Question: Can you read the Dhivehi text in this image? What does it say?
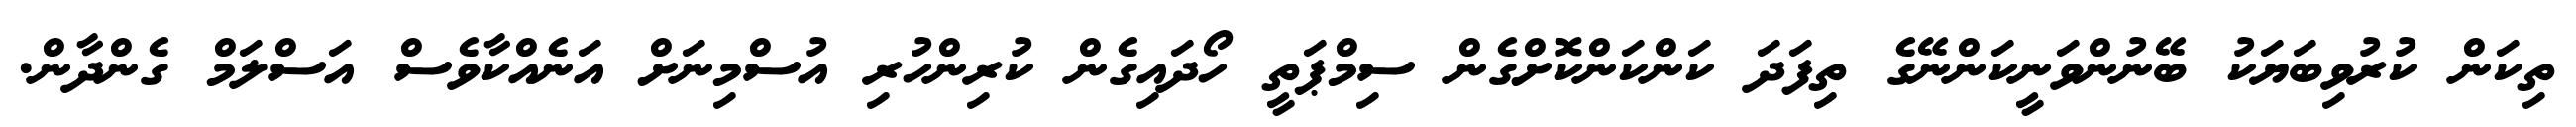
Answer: ތިކަން ކުރުވިބަޔަކު ބޭނުންވަނީކަންނޭގެ ތިފަދަ ކަންކަންކޮށްގެން ސިމްޕަތީ ހޯދައިގެން ކުރިންހުރި އުސްމިނަށް އަނެއްކާވެސް އަސްލަމް ގެންދާން.